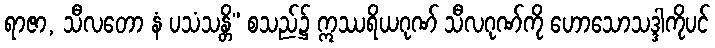
ရာဇာ, သီလတော နံ ပသံသန္တိ” စသည်၌ ဣဿရိယဂုဏ် သီလဂုဏ်ကို ဟောသောသဒ္ဒါကိုပင်